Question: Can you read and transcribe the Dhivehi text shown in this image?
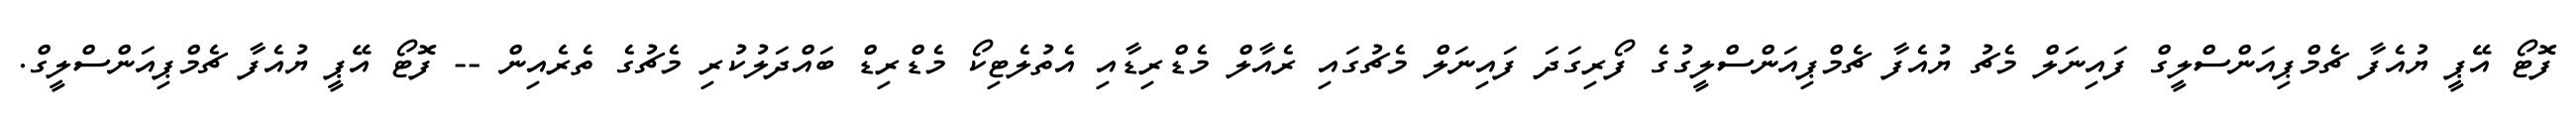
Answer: ފޮޓޯ އޭޕީ ޔުއެފާ ޗެމްޕިއަންސްލީގް ފައިނަލް މެޗު ޔުއެފާ ޗެމްޕިއަންސްލީގުގެ ފޯރިގަދަ ފައިނަލް މެޗުގައި ރެއާލް މެޑްރިޑާއި އެތުލެޓިކޯ މެޑްރިޑް ބައްދަލުކުރި މެޗުގެ ތެރެއިން -- ފޮޓޯ އޭޕީ ޔުއެފާ ޗެމްޕިއަންސްލީގް.